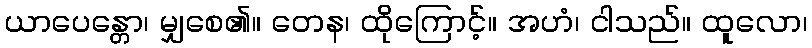
ယာပေန္တော၊ မျှစေ၏။ တေန၊ ထိုကြောင့်။ အဟံ၊ ငါသည်။ ထူလော၊